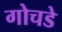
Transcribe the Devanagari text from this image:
गोचडे